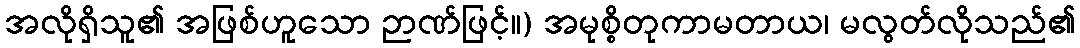
အလိုရှိသူ၏ အဖြစ်ဟူသော ဉာဏ်ဖြင့်။) အမုစ္စိတုကာမတာယ၊ မလွတ်လိုသည်၏